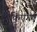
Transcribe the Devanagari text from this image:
किएगए